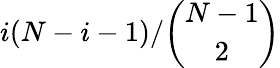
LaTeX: i(N-i-1)/\binom{N-1}{2}